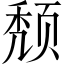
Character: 颓